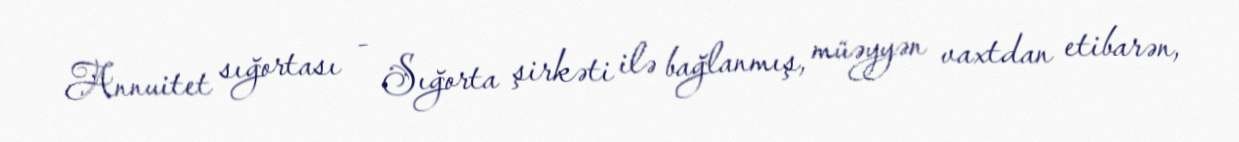
Annuitet sığortası - Sığorta şirkəti ilə bağlanmış, müəyyən vaxtdan etibarən,